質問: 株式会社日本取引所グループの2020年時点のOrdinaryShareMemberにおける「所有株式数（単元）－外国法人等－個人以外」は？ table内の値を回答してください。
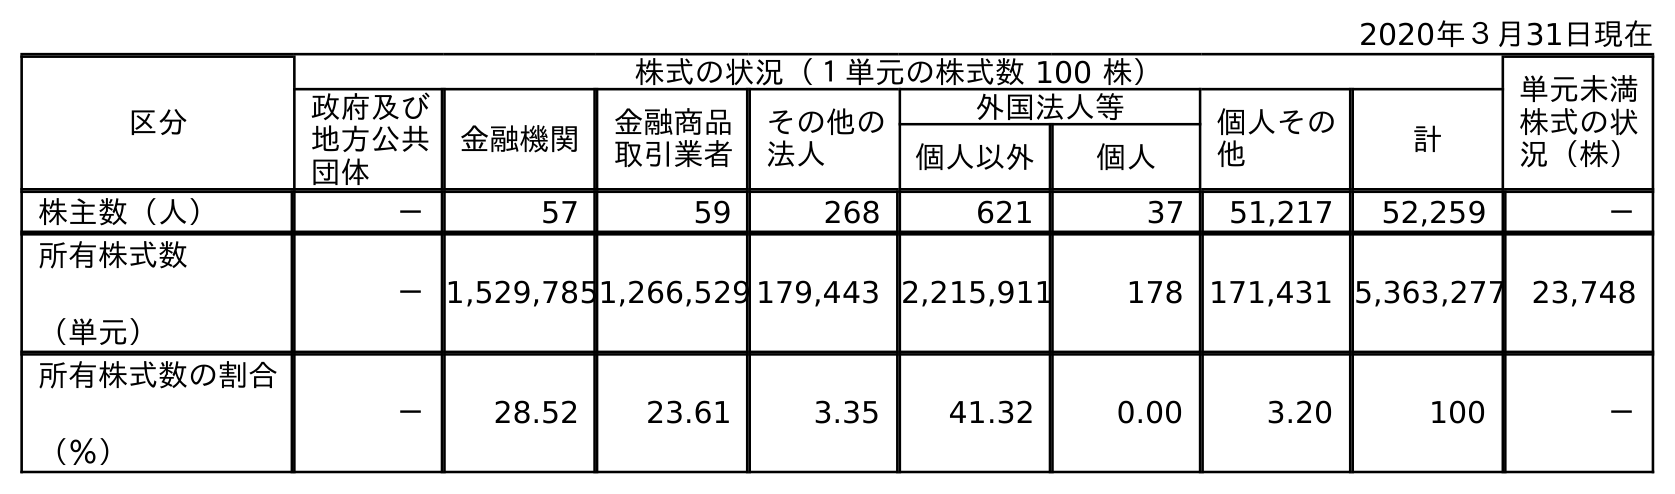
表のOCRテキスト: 2020年３月31日現在 区分 株式の状況（１単元の株式数 100 株） 単元未満 株式の状 況（株） 政府及び 地方公共 団体 金融機関 金融商品 取引業者 その他の 法人 外国法人等 個人その 他 計 個人以外 個人 株主数（人） － 57 59 268 621 37 51,217 52,259 － 所有株式数 （単元） －1,529,7851,266,529 179,443 2,215,911 178 171,431 5,363,277 23,748 所有株式数の割合 （％） － 28.52 23.61 3.35 41.32 0.00 3.20 100 －
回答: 2,215,911